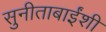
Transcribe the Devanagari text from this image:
सुनीताबाईंशी